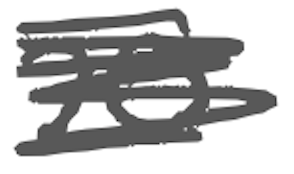
Text: 20
Cross-out: scratch
Writing tool: digital_gray